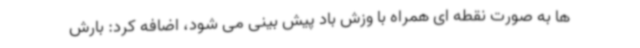
ها به صورت نقطه ای همراه با وزش باد پیش بینی می شود، اضافه کرد: بارش